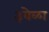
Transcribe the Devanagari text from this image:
३वेळा